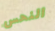
النحس